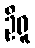
ဦရူ